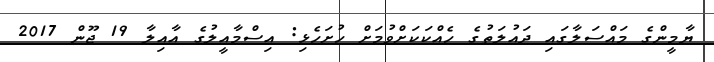
ޔާމީންގެ މައްސަލާގައި ދައުލަތުގެ ހެއްކަކަށްވުމަށް ހުށަހެޅި: އިސްމާއީލުގެ އާއިލާ 19 ޖޫން 2017